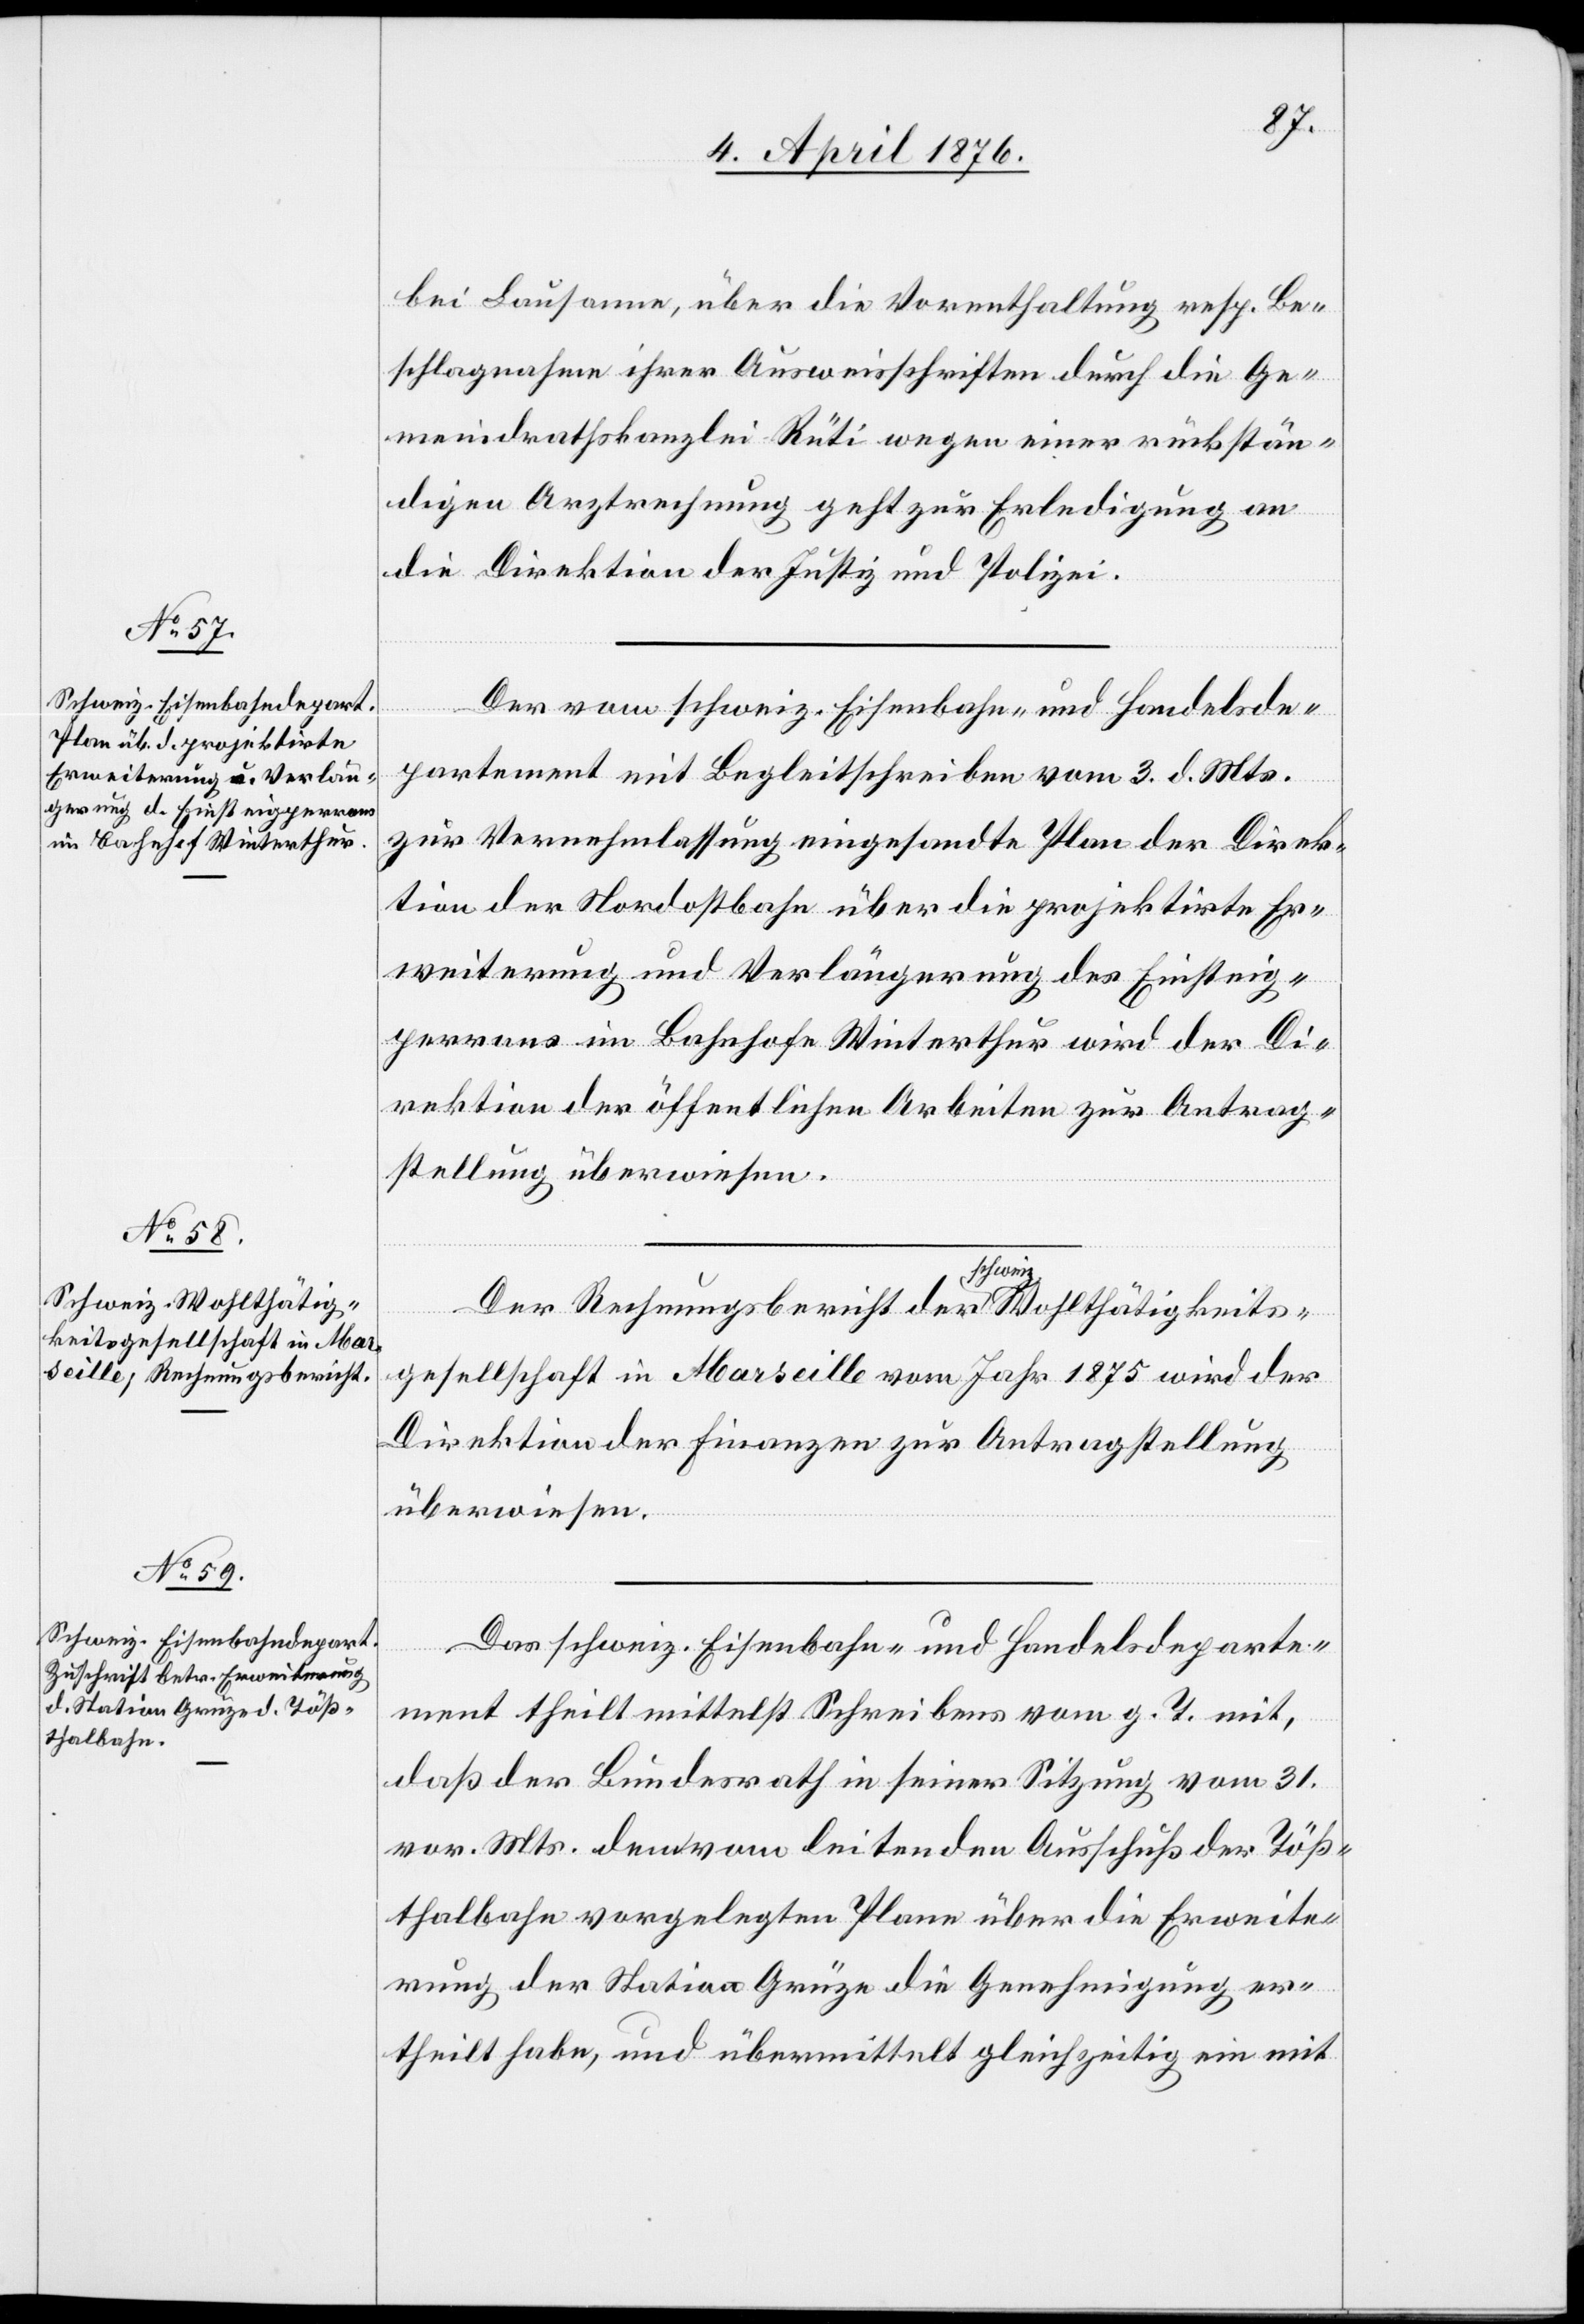
schweiz. Wohlthätig¬
Der Rechnungsbericht

6. April 1876.]
bei Lausanne, über die Vorenthaltung resp. Be¬
schlagnahme ihrer Ausweisschriften durch die Ge¬
meindrathskanzlei Rüti wegen einer rückstän¬
digen Arztrechnung geht zur Erledigung an
die Direktion der Justiz und Polizei.
Der vom schweiz. Eisenbahn- und Handelsde¬
partement mit Begleitschreiben vom 3. d. Mts.
zur Vernehmlassung eingesandte Plan der Direk¬
tion der Nordostbahn über die projektirte Er¬
weiterung und Verlängerung des Einsteig¬
perrons im Bahnhofe Winterthur wird der Di¬
rektion der öffentlichen Arbeiten zur Antrag¬
stellung überwiesen.
gesellschaft in Marseille vom Jahr 1875 wird der
Direktion der Finanzen zur Antragstellung
überwiesen.
keits¬
Das schweiz. Eisenbahn- und Handelsdeparte¬
ment theilt mittelst Schreibens vom g. T. mit,
der
daß der Bundesrath in seiner Sitzung vom 31.
vor. Mts. dem vom leitenden Ausschuß der Töß¬
thalbahn vorgelegten Plane über die Erweite¬
rung der Station Grüze die Genehmigung er¬
theilt habe, und übermittelt gleichzeitig ein mit